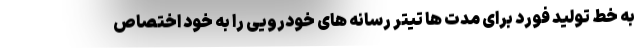
به خط تولید فورد برای مدت ها تیتر رسانه های خودرویی را به خود اختصاص